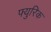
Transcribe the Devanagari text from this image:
फ्युरिक